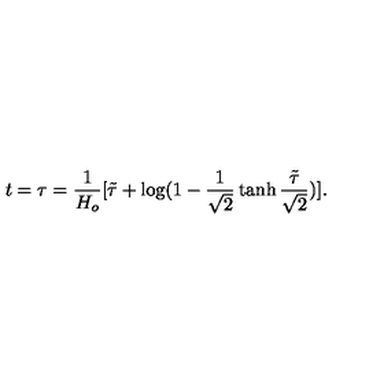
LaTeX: t = \tau = \frac { 1 } { H _ { o } } [ \tilde { \tau } + \log ( 1 - \frac { 1 } { \sqrt { 2 } } \tanh \frac { \tilde { \tau } } { \sqrt { 2 } } ) ] .